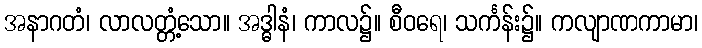
အနာဂတံ၊ လာလတ္တံ့သော။ အဒ္ဓါနံ၊ ကာလ၌။ စီဝရေ၊ သင်္ကန်း၌။ ကလျာဏကာမာ၊